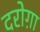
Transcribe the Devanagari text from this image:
दरोग़ा